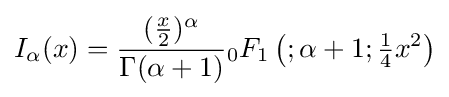
I_{\alpha }(x)={\frac {({\tfrac {x}{2}})^{\alpha }}{\Gamma (\alpha +1)}}{}_{0}F_{1}\left(;\alpha +1;{\tfrac {1}{4}}x^{2}\right)